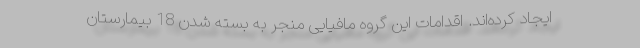
ایجاد کرده‌اند. اقدامات این گروه مافیایی منجر به بسته شدن 18 بیمارستان